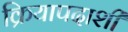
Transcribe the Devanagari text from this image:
क्रियापदाशी